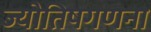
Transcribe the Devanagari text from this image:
ज्योतिषगणना